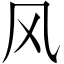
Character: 风